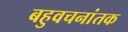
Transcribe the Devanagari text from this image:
बहुवचनांतक